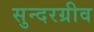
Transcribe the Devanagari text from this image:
सुन्दरग्रीव